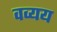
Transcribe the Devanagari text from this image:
वव्यय